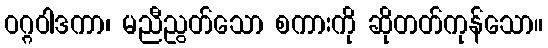
ဝဂ္ဂဝါဒကာ၊ မညီညွတ်သော စကားကို ဆိုတတ်ကုန်သော။